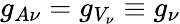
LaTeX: g_{A\nu}=g_{V_{\nu}}\equiv g_{\nu}